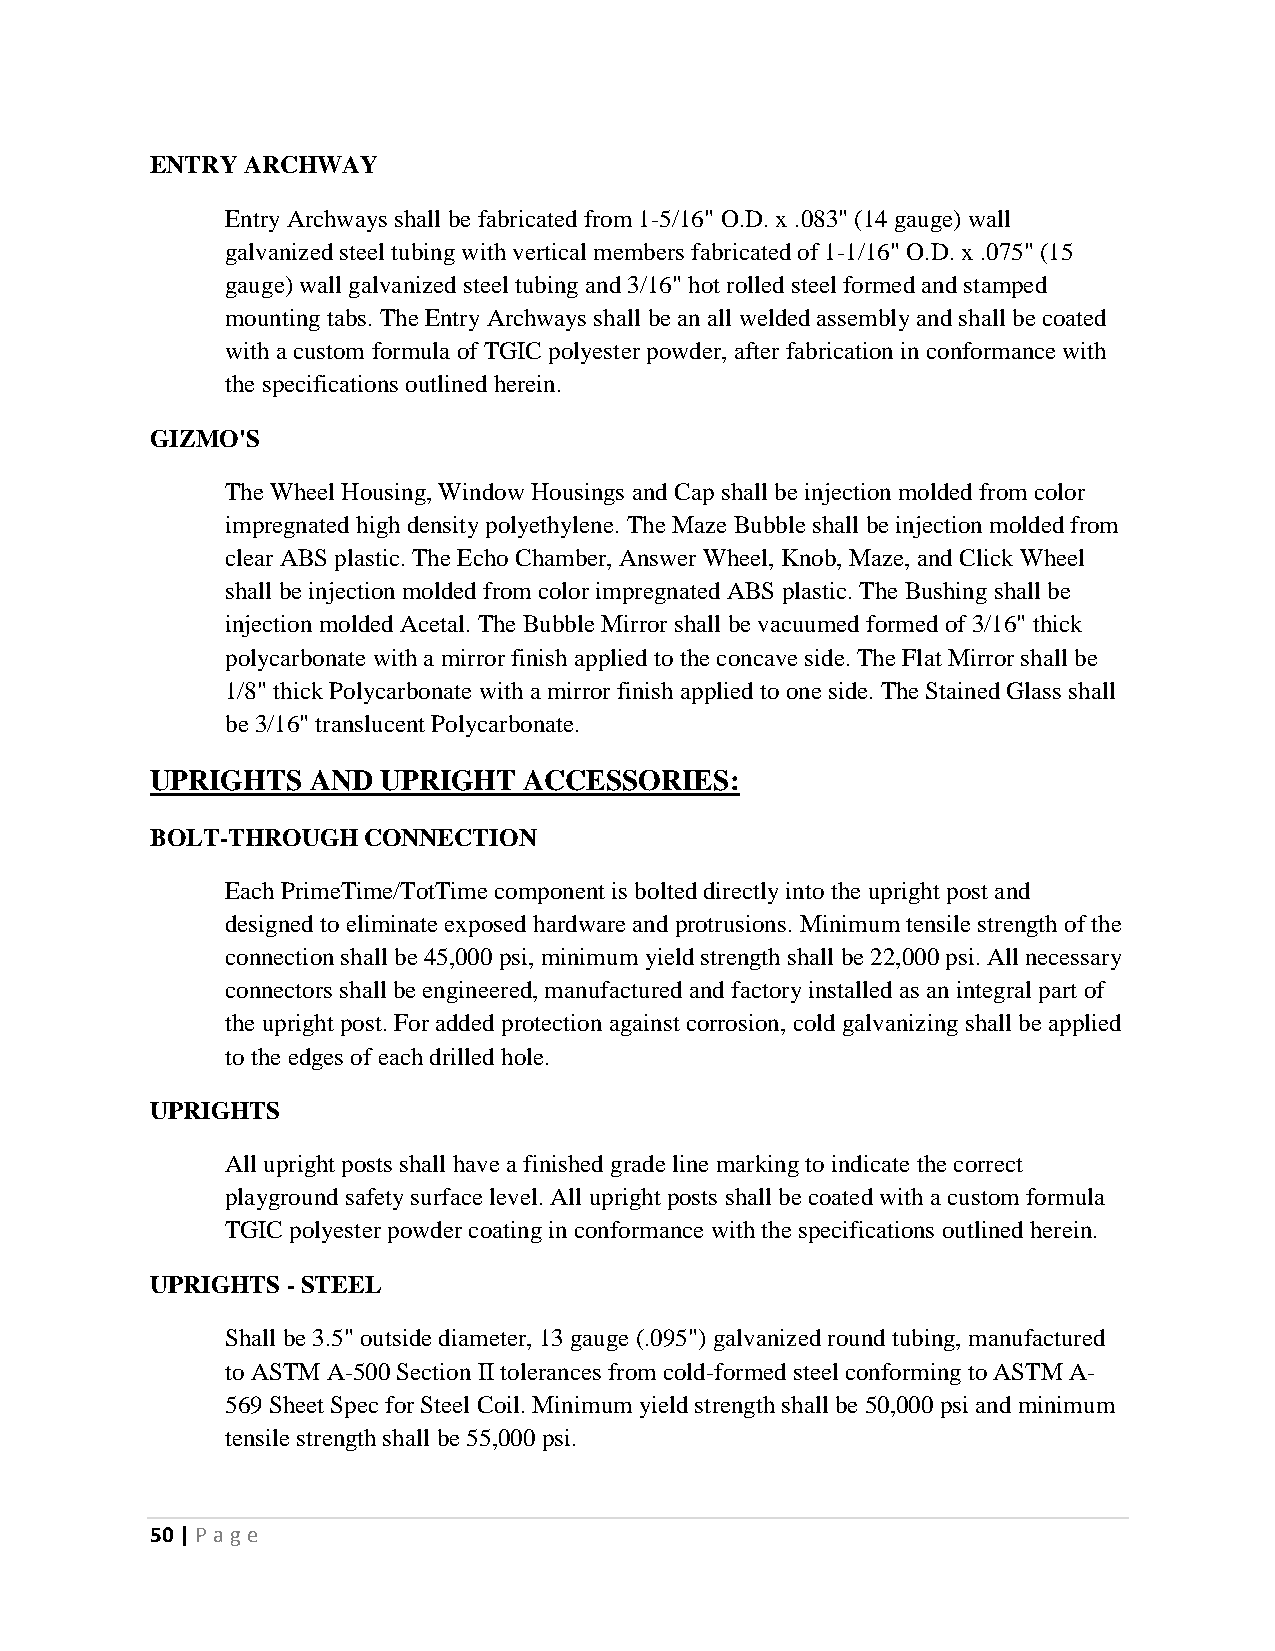
ENTRY ARCHWAY
 Entry Archways shall be fabricated from 1-5/16" O.D. x .083" (14 gauge) wall
 galvanized steel tubing with vertical members fabricated of 1-1/16" O.D. x .075" (15
 gauge) wall galvanized steel tubing and 3/16" hot rolled steel formed and stamped
 mounting tabs. The Entry Archways shall be an all welded assembly and shall be coated
 with a custom formula of TGIC polyester powder, after fabrication in conformance with
 the specifications outlined herein.
 GIZMO'S
 The Wheel Housing, Window Housings and Cap shall be injection molded from color
 impregnated high density polyethylene. The Maze Bubble shall be injection molded from
 clear ABS plastic. The Echo Chamber, Answer Wheel, Knob, Maze, and Click Wheel
 shall be injection molded from color impregnated ABS plastic. The Bushing shall be
 injection molded Acetal. The Bubble Mirror shall be vacuumed formed of 3/16" thick
 polycarbonate with a mirror finish applied to the concave side. The Flat Mirror shall be
 1/8" thick Polycarbonate with a mirror finish applied to one side. The Stained Glass shall
 be 3/16" translucent Polycarbonate.
 UPRIGHTS   AND UPRIGHT   ACCESSORIES:
 BOLT-THROUGH  CONNECTION
 Each PrimeTime/TotTime component is bolted directly into the upright post and
 designed to eliminate exposed hardware and protrusions. Minimum tensile strength of the
 connection shall be 45,000 psi, minimum yield strength shall be 22,000 psi. All necessary
 connectors shall be engineered, manufactured and factory installed as an integral part of
 the upright post. For added protection against corrosion, cold galvanizing shall be applied
 to the edges of each drilled hole.
 UPRIGHTS
 All upright posts shall have a finished grade line marking to indicate the correct
 playground safety surface level. All upright posts shall be coated with a custom formula
 TGIC polyester powder coating in conformance with the specifications outlined herein.
 UPRIGHTS - STEEL
 Shall be 3.5" outside diameter, 13 gauge (.095") galvanized round tubing, manufactured
 to ASTM A-500 Section II tolerances from cold-formed steel conforming to ASTM A-
 569 Sheet Spec for Steel Coil. Minimum yield strength shall be 50,000 psi and minimum
 tensile strength shall be 55,000 psi.
 50 | P age